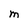
Character: m